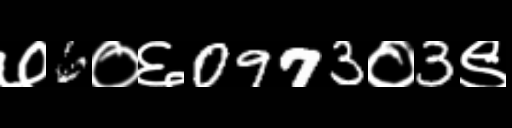
Text: ७6०६0973०3९